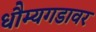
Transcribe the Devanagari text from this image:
धौम्यगडावर